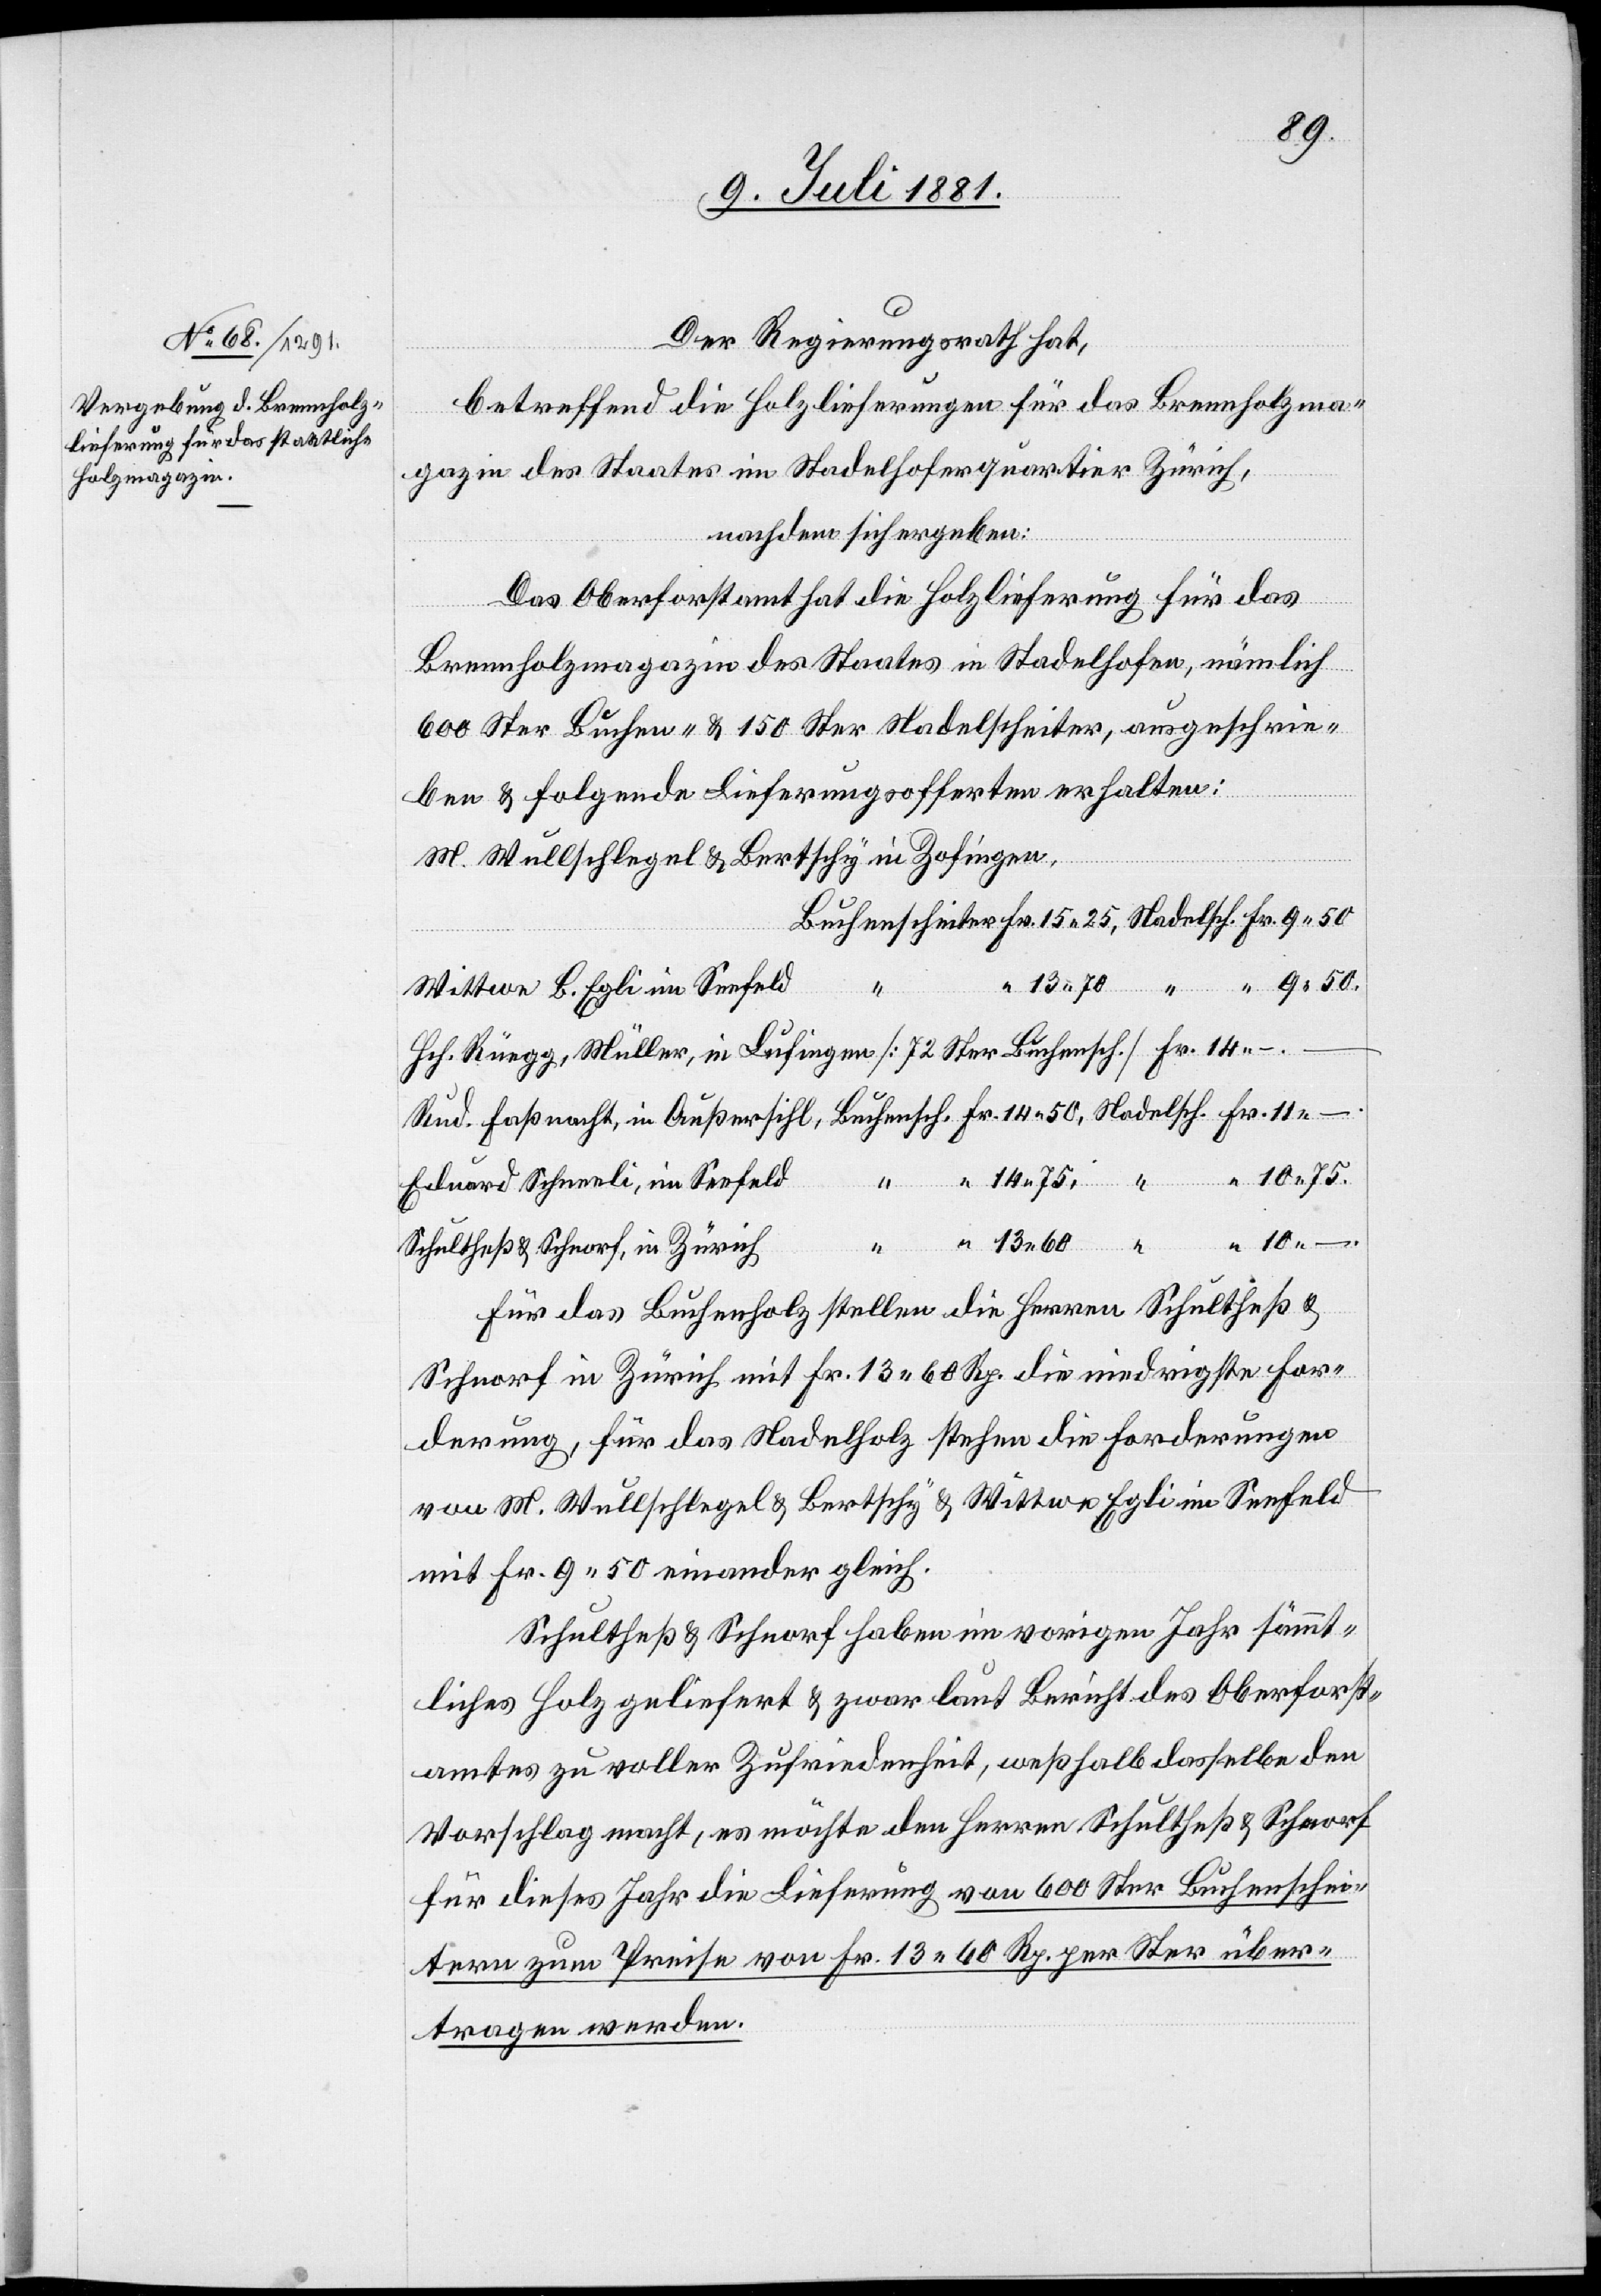
Der Regierungsrath hat,
betreffend die Holzlieferungen für das Brennholzma¬
gazin des Staates im Stadelhofquartier Zürich,
nachdem sich ergeben:
Das Oberforstamt hat die Holzlieferung für das
Brennholzmagazin des Staates in Stadelhofen, nämlich
600 Ster Buchen- & 150 Ster Nadelscheiter, ausgeschrie¬
ben & folgende Lieferungsofferten erhalten:
M. Wullschlegel & Bertschy in Zofingen
in
10 –
Wittwe B. Egli im Seefeld
Hch. Rüegg, Müller, in Lufingen [72 Ster Buchenpf.] Fr. 14 –.
Eduard Schneeli , im Seefeld
Schultheß & Schnorf, in Zürich
Für das Buchenholz stellen die Herren Schultheß &
Schnorf in Zürich mit Fr. 13 60 Rp. die niedrigste For¬
derung, für das Nadelholz stehen die Forderungen
von M. Wullschlegel & Bertschy & Wittwe Egli im Seefeld
mit Fr. 9 50 einander gleich.
Schultheß & Schnorf haben im vorigen Jahr sämmt¬
liches Holz geliefert & zwar laut Bericht des Oberforst¬
amtes zu voller Zufriedenheit, weßhalb dasselbe den
Vorschlag macht, es möchte den Herren Schultheß & Schnorf
für dieses Jahr die Lieferung von 600 Ster Buchenschei¬
tern zum Preise von Fr. 13 60Rp. per Ster über¬
tragen werden.